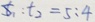
t _ { 1 } : t _ { 2 } = 5 : 4